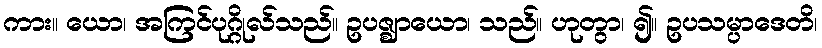
ကား။ ယော၊ အကြင်ပုဂ္ဂိုလ်သည်။ ဥပဇ္ဈာယော၊ သည်။ ဟုတွာ၊ ၍။ ဥပသမ္ပာဒေတိ၊